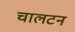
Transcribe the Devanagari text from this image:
चालटन